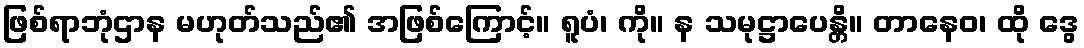
ဖြစ်ရာဘုံဌာန မဟုတ်သည်၏ အဖြစ်ကြောင့်။ ရူပံ၊ ကို။ န သမုဋ္ဌာပေန္တိ။ တာနေဝ၊ ထို ဒွေ